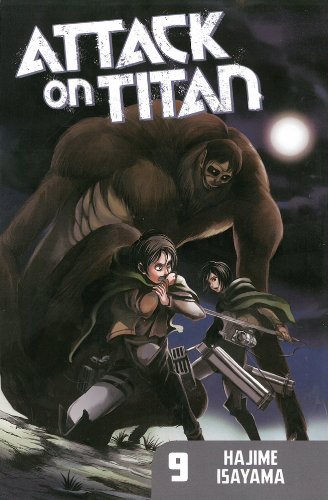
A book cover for Attack on Titan 9; Hajime Isayama; Comics & Graphic Novels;